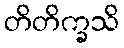
တိတိက္ခသိ